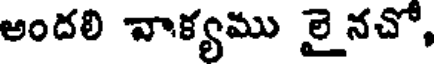
అందలి వాక్యము లై నచో,